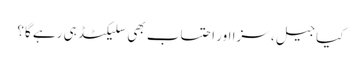
کیا جیل، سزا اور احتساب بھی سلیکٹڈ ہی رہے گا؟